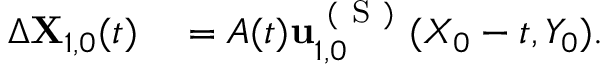
\begin{array} { r l } { \Delta \mathbf { X } _ { 1 , 0 } ( t ) } & { { } = A ( t ) \mathbf { u } _ { 1 , 0 } ^ { \mathrm { ~ ( ~ S ~ ) ~ } } ( X _ { 0 } - t , Y _ { 0 } ) . } \end{array}